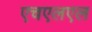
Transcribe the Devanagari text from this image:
एचएलएल